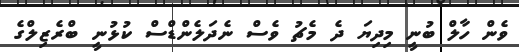
ވެން ހާލް ބުނީ މިދިޔަ ދެ މެޗު ވެސް ނެދަލެންޑްސް ކުޅުނީ ބްރެޒިލްގެ